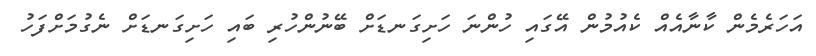
އަހަރެމެން ކާނާއެއް ކެއުމުން އޭގައި ހުންނަ ހަށިގަނޑަށް ބޭނުންހުރި ބައި ހަށިގަނޑަށް ނެގުމަށްފަހު